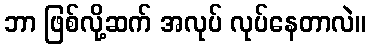
ဘာ ဖြစ်လို့ဆက် အလုပ် လုပ်နေတာလဲ။